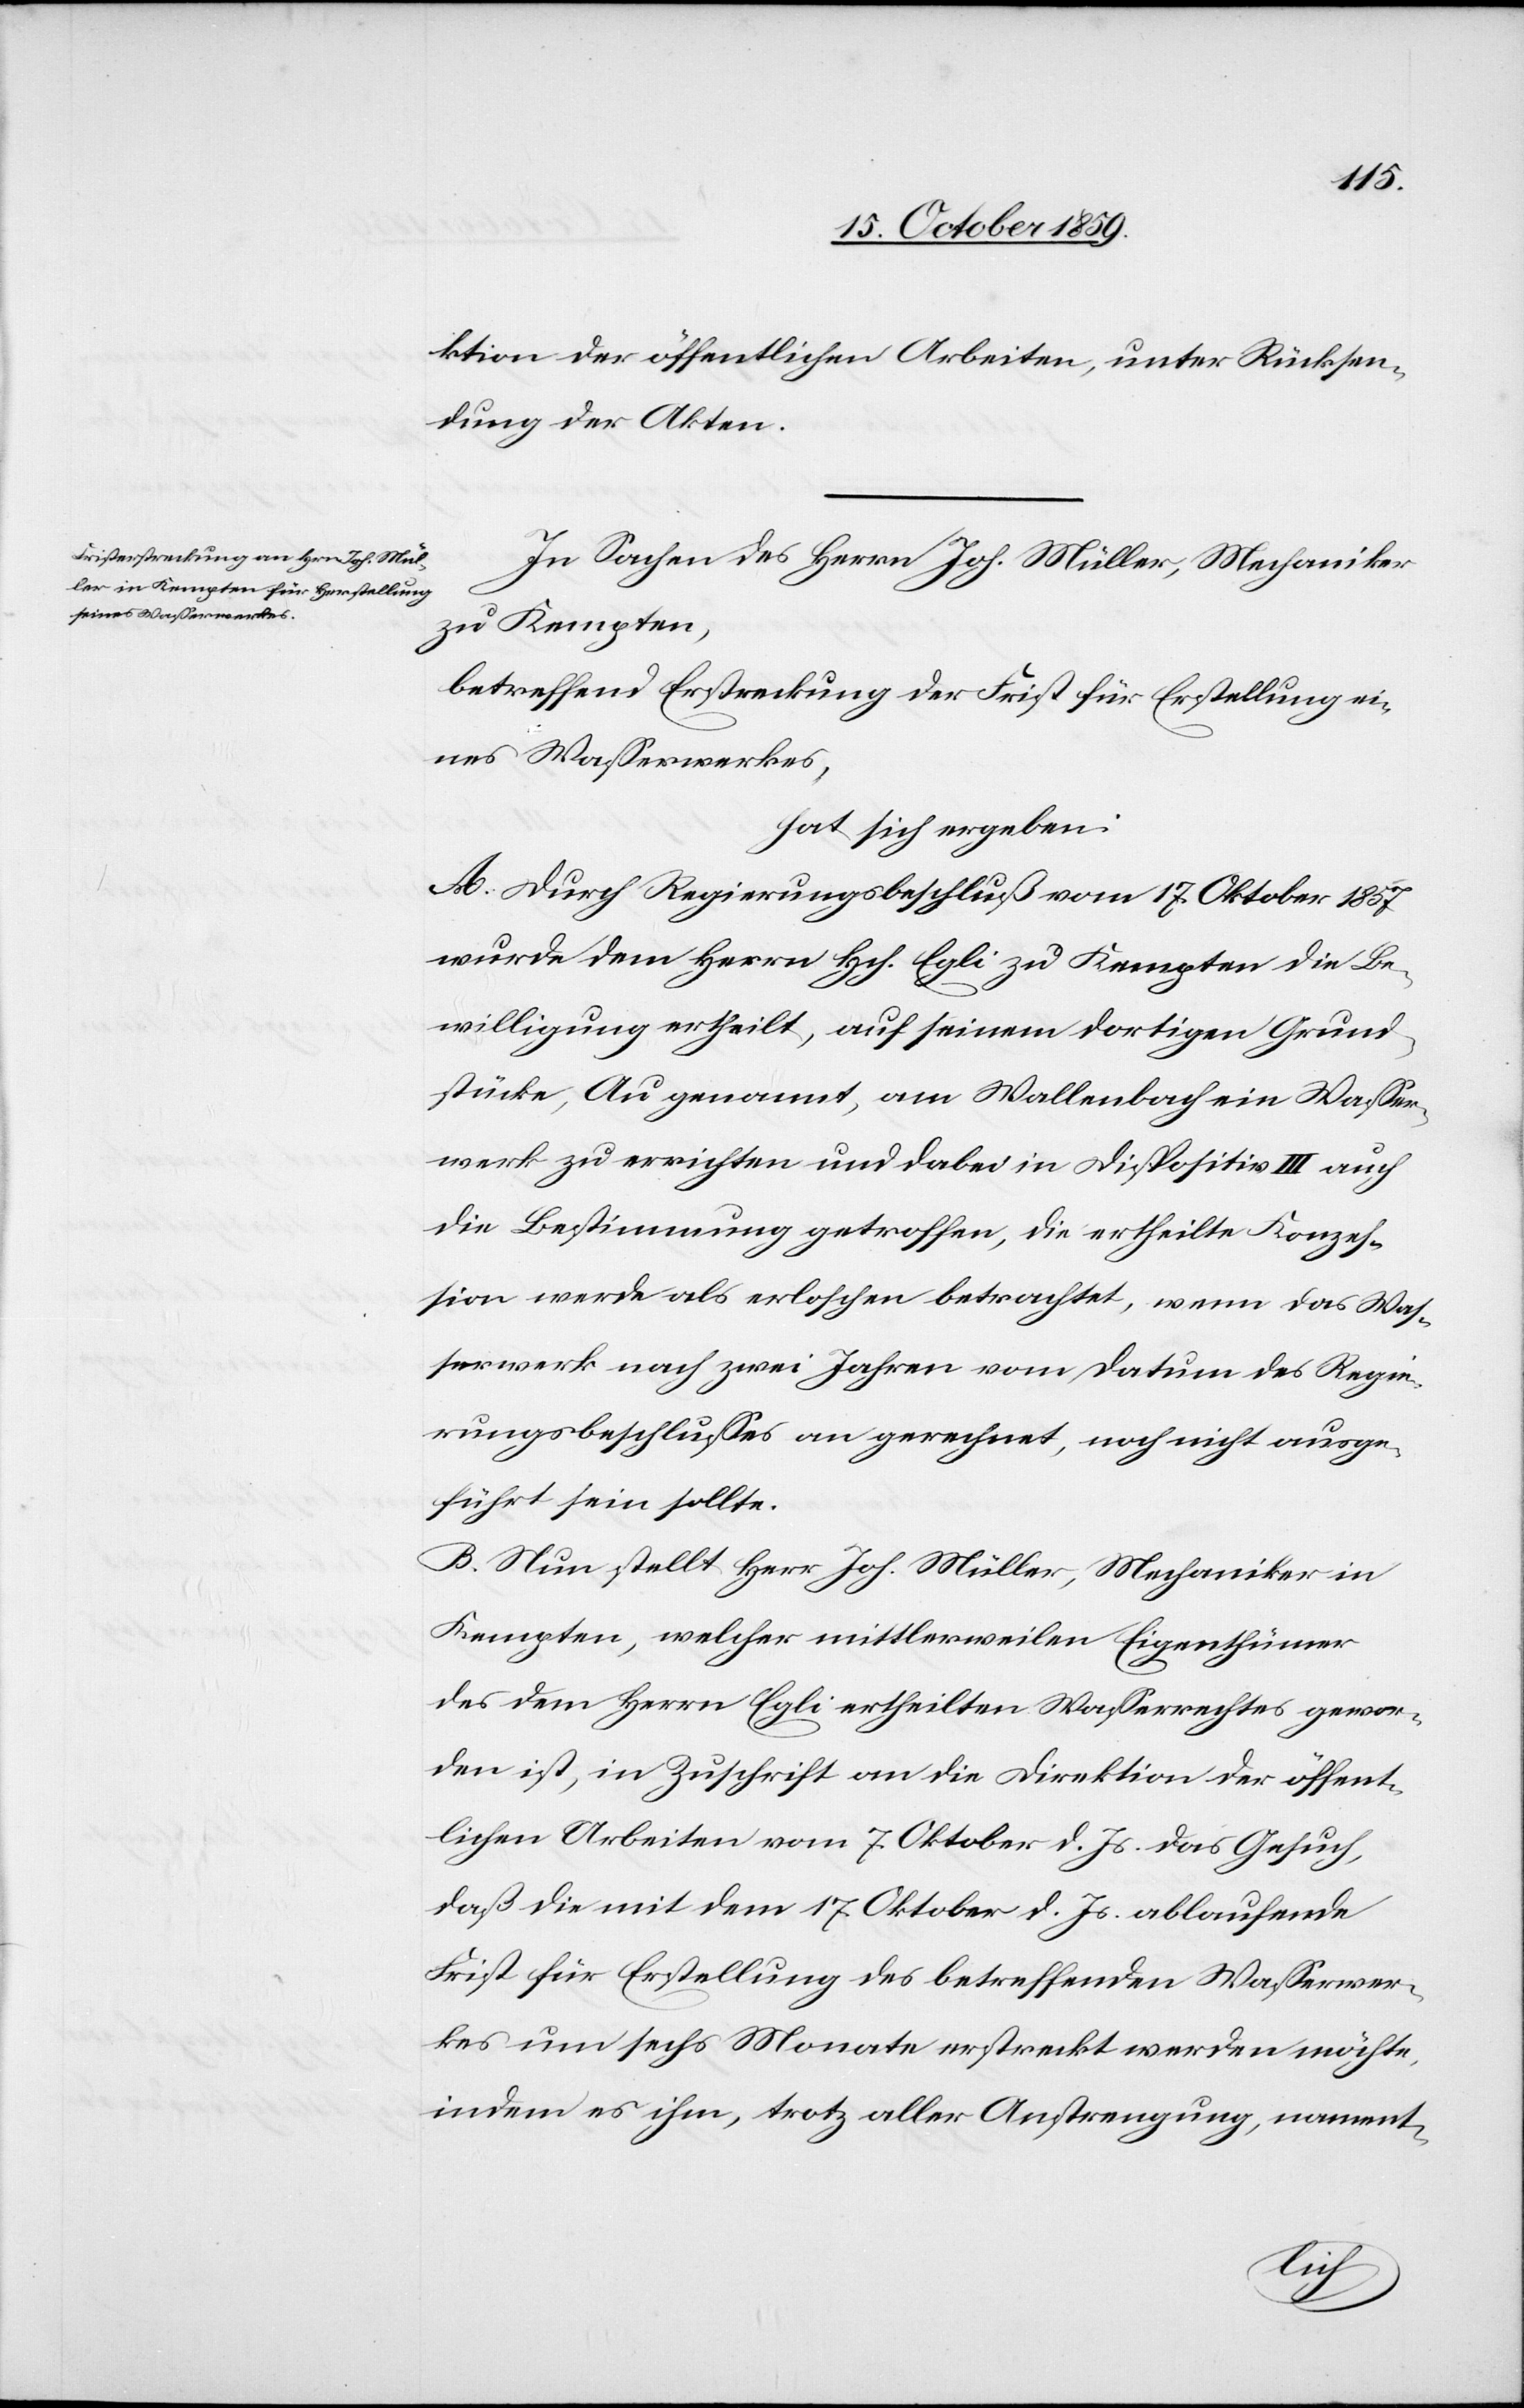
tion der öffentlichen Arbeiten, unter Rücksen¬
dung der Akten.
In Sachen des Herrn Joh. Müller, Mechaniker
zu Kempten,
betreffend Erstreckung der Frist für Erstellung ei¬
nes Wasserwerkes,
hat sich ergeben:
A. Durch Regierungsbeschluß vom 17. Oktober 1857
wurde dem Herrn Hch. Egli zu Kempten die Be¬
willigung ertheilt, auf seinem dortigen Grund¬
stücke, Au genannt, am Wallenbach ein Wasser¬
werk zu errichten und dabei in Dispositiv III auch
die Bestimmung getroffen, die ertheilte Konzes¬
sion werde als erloschen betrachtet, wenn das Was¬
serwerk nach zwei Jahren vom Datum des Regie¬
rungsbeschlusses an gerechnet, noch nicht ausge¬
führt sein sollte.
B. Nun stellt Herr Joh. Müller, Mechaniker in
Kempten, welcher mittlerweile Eigenthümer
des dem Herrn Egli ertheilten Wasserrechtes gewor¬
den ist, in Zuschrift an die Direktion der öffent¬
lichen Arbeiten vom 7. Oktober d. Js. das Gesuch,
daß die mit dem 17. Oktober d. Js. ablaufende
Frist für Erstellung des betreffenden Wasserwer¬
kes um sechs Monate erstreckt werden möchte,
indem es ihm, trotz aller Anstrengungen, nament-